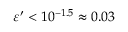
\varepsilon ^ { \prime } < 1 0 ^ { - 1 . 5 } \approx 0 . 0 3